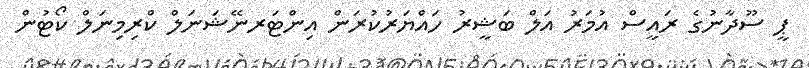
ޕީ ސޫދާނުގެ ރައީސް އުމަރު އަލް ބަޝީރު ހައްޔަރުކުރަން އިންޓަރނޭޝަނަލް ކްރިމިނަލް ކޯޓުން